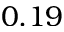
0 . 1 9